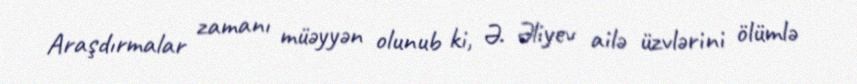
Araşdırmalar zamanı müəyyən olunub ki, Ə. Əliyev ailə üzvlərini ölümlə